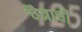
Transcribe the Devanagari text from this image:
चैत्राची